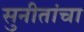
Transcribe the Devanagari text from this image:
सुनीतांचा